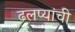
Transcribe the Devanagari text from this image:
ढलप्यांची